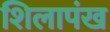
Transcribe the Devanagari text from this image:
शिलापंख